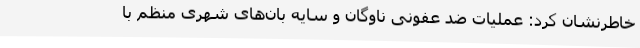
خاطرنشان کرد: عملیات ضد عفونی ناوگان و سایه بان‌های شهری منظم با